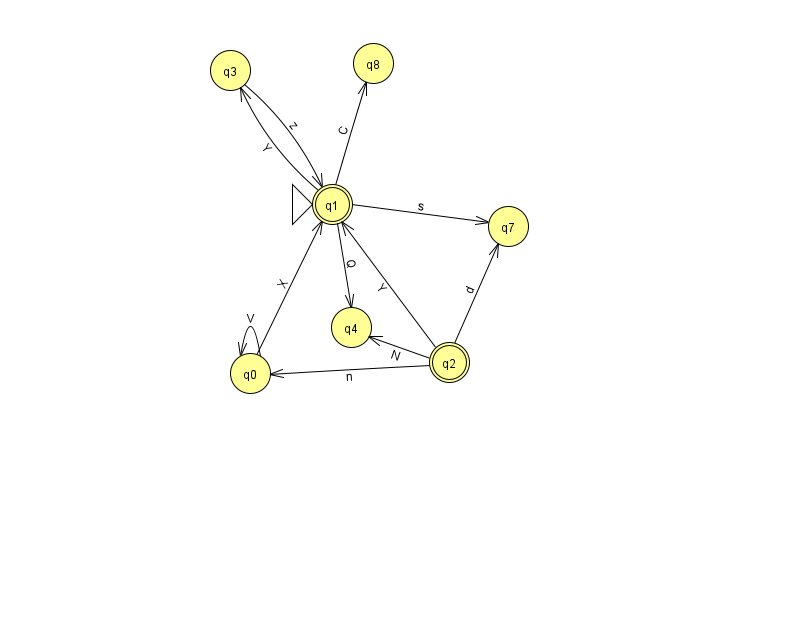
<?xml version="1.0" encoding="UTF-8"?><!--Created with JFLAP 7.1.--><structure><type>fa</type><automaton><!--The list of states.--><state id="0" name="q0"><x>250.0</x><y>360.0</y></state><state id="1" name="q1"><x>332.0</x><y>191.0</y><initial/><final/></state><state id="2" name="q2"><x>449.0</x><y>349.0</y><final/></state><state id="3" name="q3"><x>230.0</x><y>57.0</y></state><state id="4" name="q4"><x>351.0</x><y>314.0</y></state><state id="7" name="q7"><x>508.0</x><y>213.0</y></state><state id="8" name="q8"><x>373.0</x><y>50.0</y></state><!--The list of transitions.--><transition><from>1</from><to>8</to><read>C</read></transition><transition><from>1</from><to>4</to><read>Q</read></transition><transition><from>1</from><to>7</to><read>s</read></transition><transition><from>0</from><to>0</to><read>V</read></transition><transition><from>2</from><to>7</to><read>d</read></transition><transition><from>1</from><to>3</to><read>Y</read></transition><transition><from>3</from><to>1</to><read>z</read></transition><transition><from>2</from><to>0</to><read>n</read></transition><transition><from>2</from><to>1</to><read>Y</read></transition><transition><from>0</from><to>1</to><read>X</read></transition><transition><from>2</from><to>4</to><read>N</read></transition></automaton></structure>